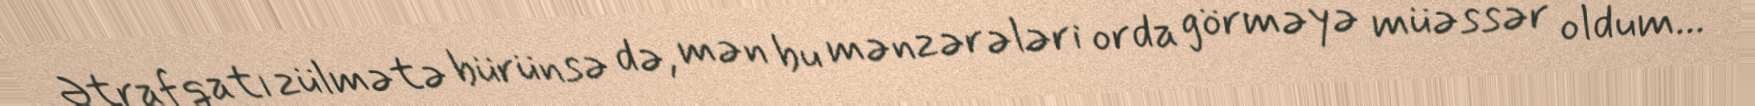
Ətraf qatı zülmətə bürünsə də, mən bu mənzərələri orda görməyə müəssər oldum...